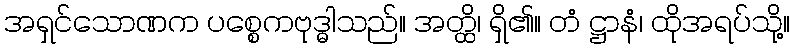
အရှင်သောဏက ပစ္စေကဗုဒ္ဓါသည်။ အတ္ထိ၊ ရှိ၏။ တံ ဋ္ဌာနံ၊ ထိုအရပ်သို့။